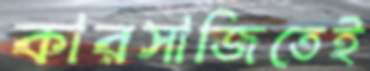
কারসাজিতেই